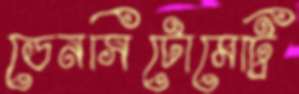
ডেনসিটোমেট্রি